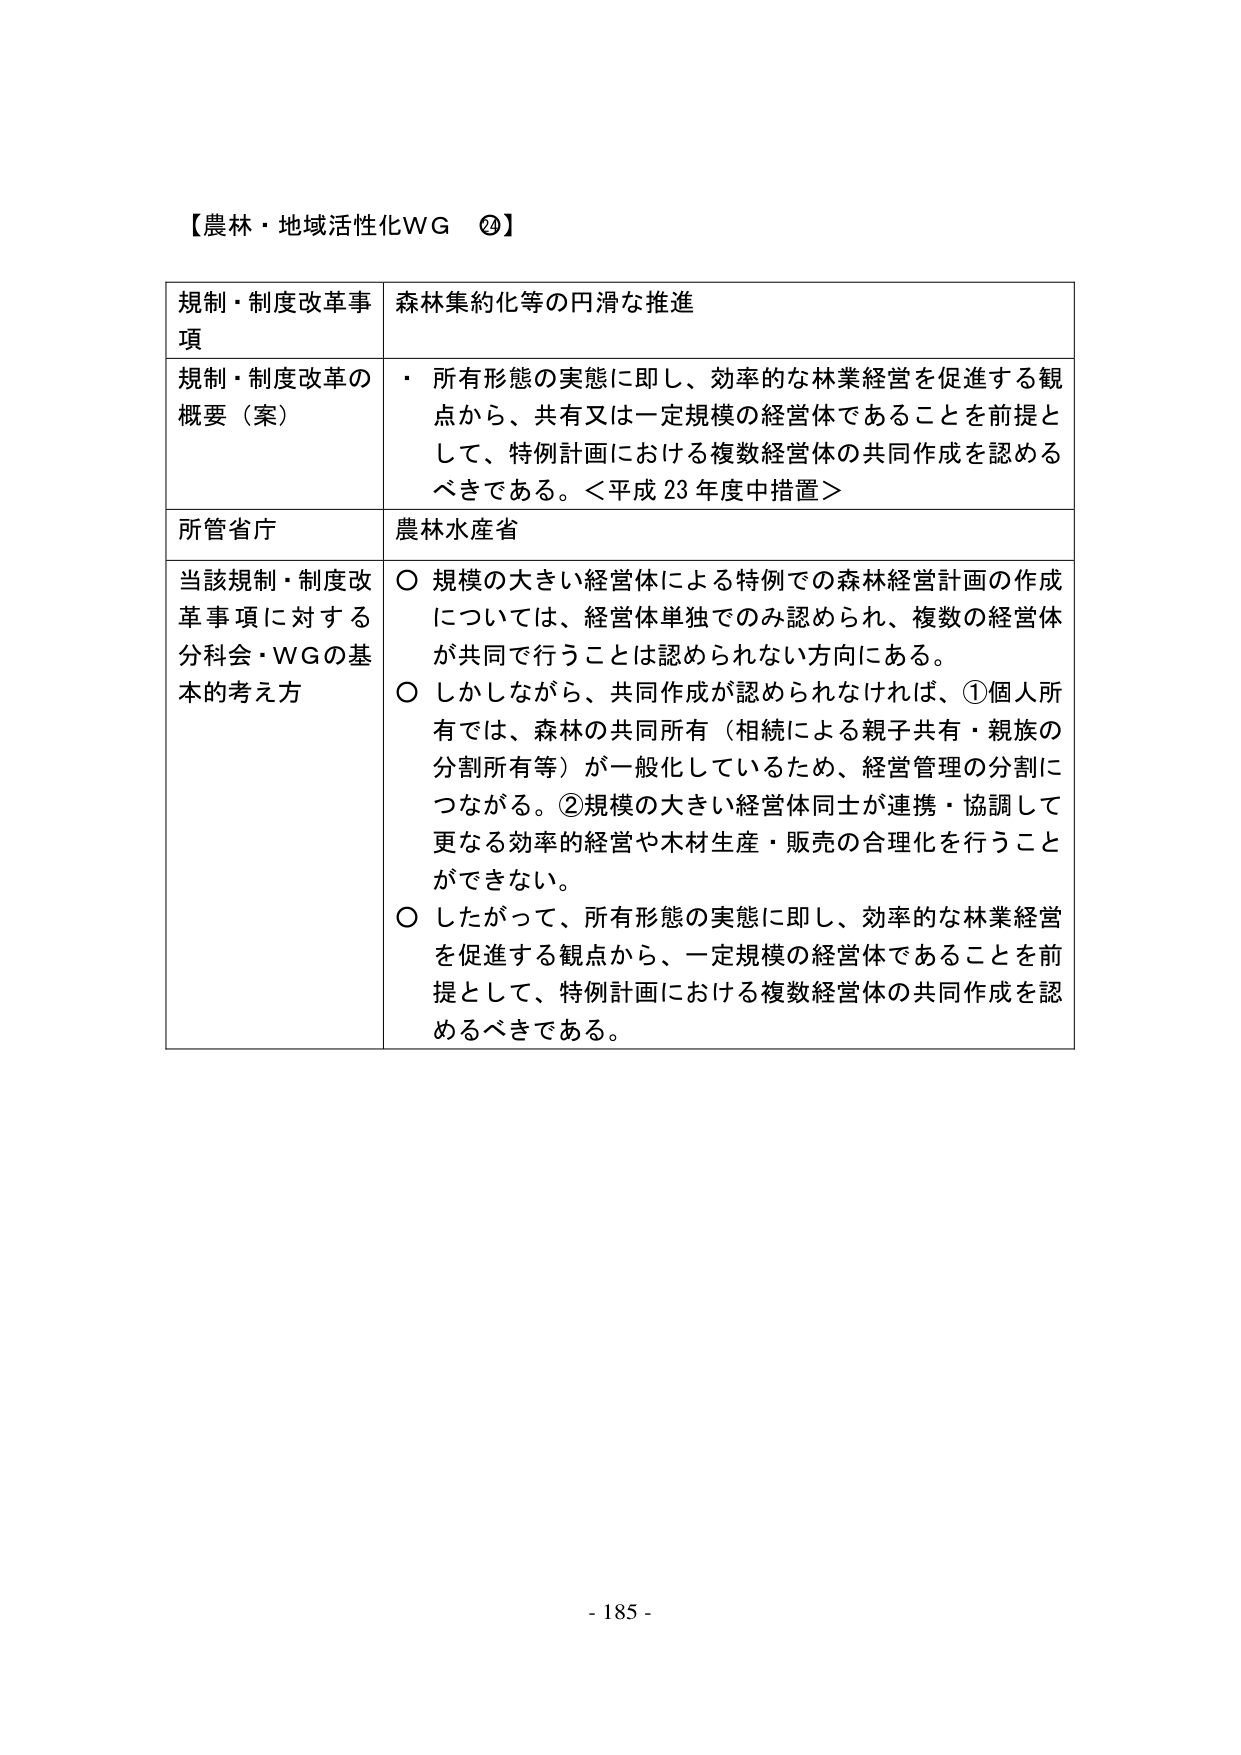
【農林・地域活性化WG ⑳】

規制・制度改革事項　　森林集約化等の円滑な推進

規制・制度改革の概要（案）　・ 所有形態の実態に即し、効率的な林業経営を促進する観点から、共有又は一定規模の経営体であることを前提として、特例計画における複数経営体の共同作成を認めるべきである。＜平成23年度中措置＞

所管省庁　　農林水産省

当該規制・制度改革事項に対する分科会・WGの基本的考え方　　○ 規模の大きい経営体による特例での森林経営計画の作成については、経営体単独でのみ認められ、複数の経営体が共同で行うことは認められない方向にある。
○ しかしながら、共同作成が認められなければ、①個人所有では、森林の共同所有（相続による親子共有・親族の分割所有等）が一般化しているため、経営管理の分割につながる。②規模の大きい経営体同士が連携・協調して更なる効率的経営や木材生産・販売の合理化を行うことができない。
○ したがって、所有形態の実態に即し、効率的な林業経営を促進する観点から、一定規模の経営体であることを前提として、特例計画における複数経営体の共同作成を認めるべきである。

- 185 -